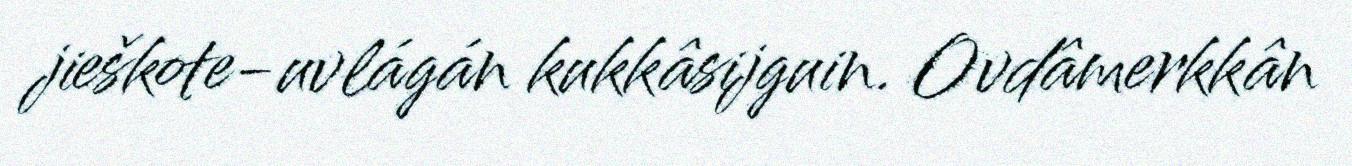
jieškote-uvlágán kukkâsijguin. Ovdâmerkkân